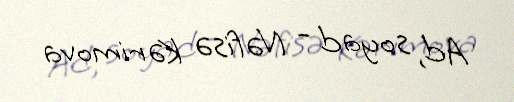
Ad, soyad - Nəfisə Kərimova